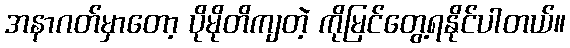
အနာဂတ်မှာတော့ ပိုမိုတိကျတဲ့ ကိုမြင်တွေ့ရနိုင်ပါတယ်။